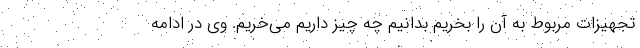
تجهیزات مربوط به آن را بخریم بدانیم چه چیز داریم می‌خریم. وی در ادامه